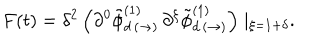
LaTeX: F ( t ) = \delta ^ { 2 } \left( \partial ^ { 0 } \tilde { \phi } _ { d \, ( \rightarrow ) } ^ { ( 1 ) } \, \partial ^ { \xi } \tilde { \phi } _ { d \, ( \rightarrow ) } ^ { ( 1 ) } \right) \mid _ { \xi = 1 + \delta } .